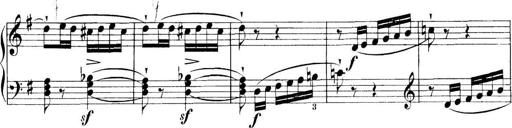
Title: 11 Sonatinas
Composer: Anton Diabelli